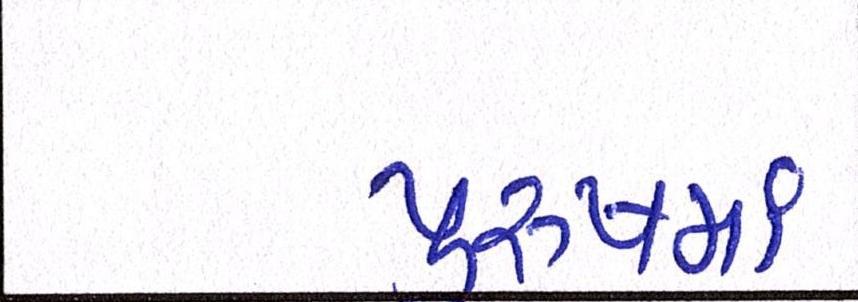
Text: પુરુષમાં